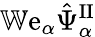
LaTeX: \mathbb{W}\mathrm{e}_{\alpha}\hat{\Psi}_{\alpha}^{\mathrm{II}}